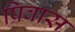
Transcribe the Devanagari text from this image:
प्रिवास